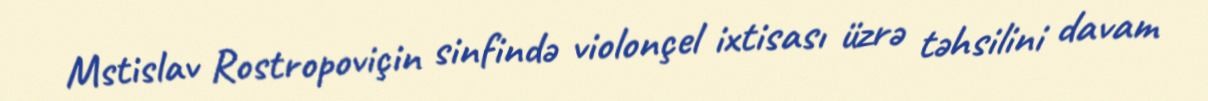
Mstislav Rostropoviçin sinfində violonçel ixtisası üzrə təhsilini davam